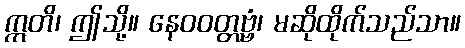
ဣတိ၊ ဤသို့။ နေဝဝတ္တဗ္ဗံ၊ မဆိုထိုက်သည်သာ။